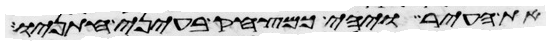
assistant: את העיר ויהי כמצחק בעיני חתניו